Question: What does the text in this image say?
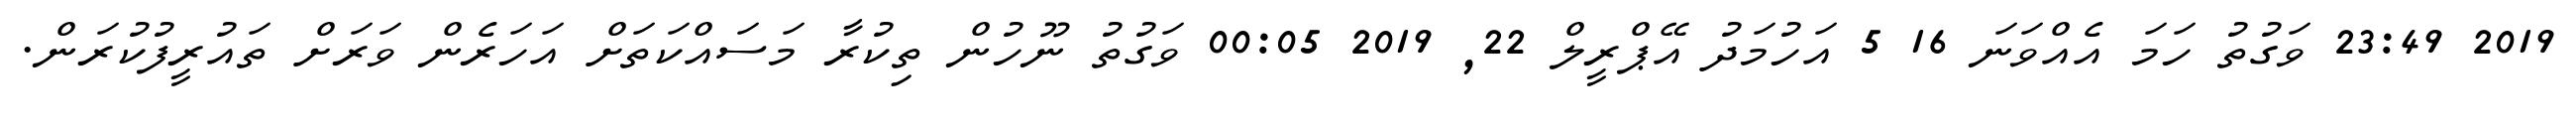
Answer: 2019 23:49 ވަގުތު ހަމަ އެއްވަނަ 16 5 އަހުމަދު އޭޕްރީލް 22, 2019 00:05 ވަގުތު ނޫހުން ތިކުރާ މަސައްކަތަށް އަހަރެން ވަރަށް ތައުރީފުކުރަން.